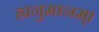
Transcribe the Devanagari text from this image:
ह्यनुमानम्।